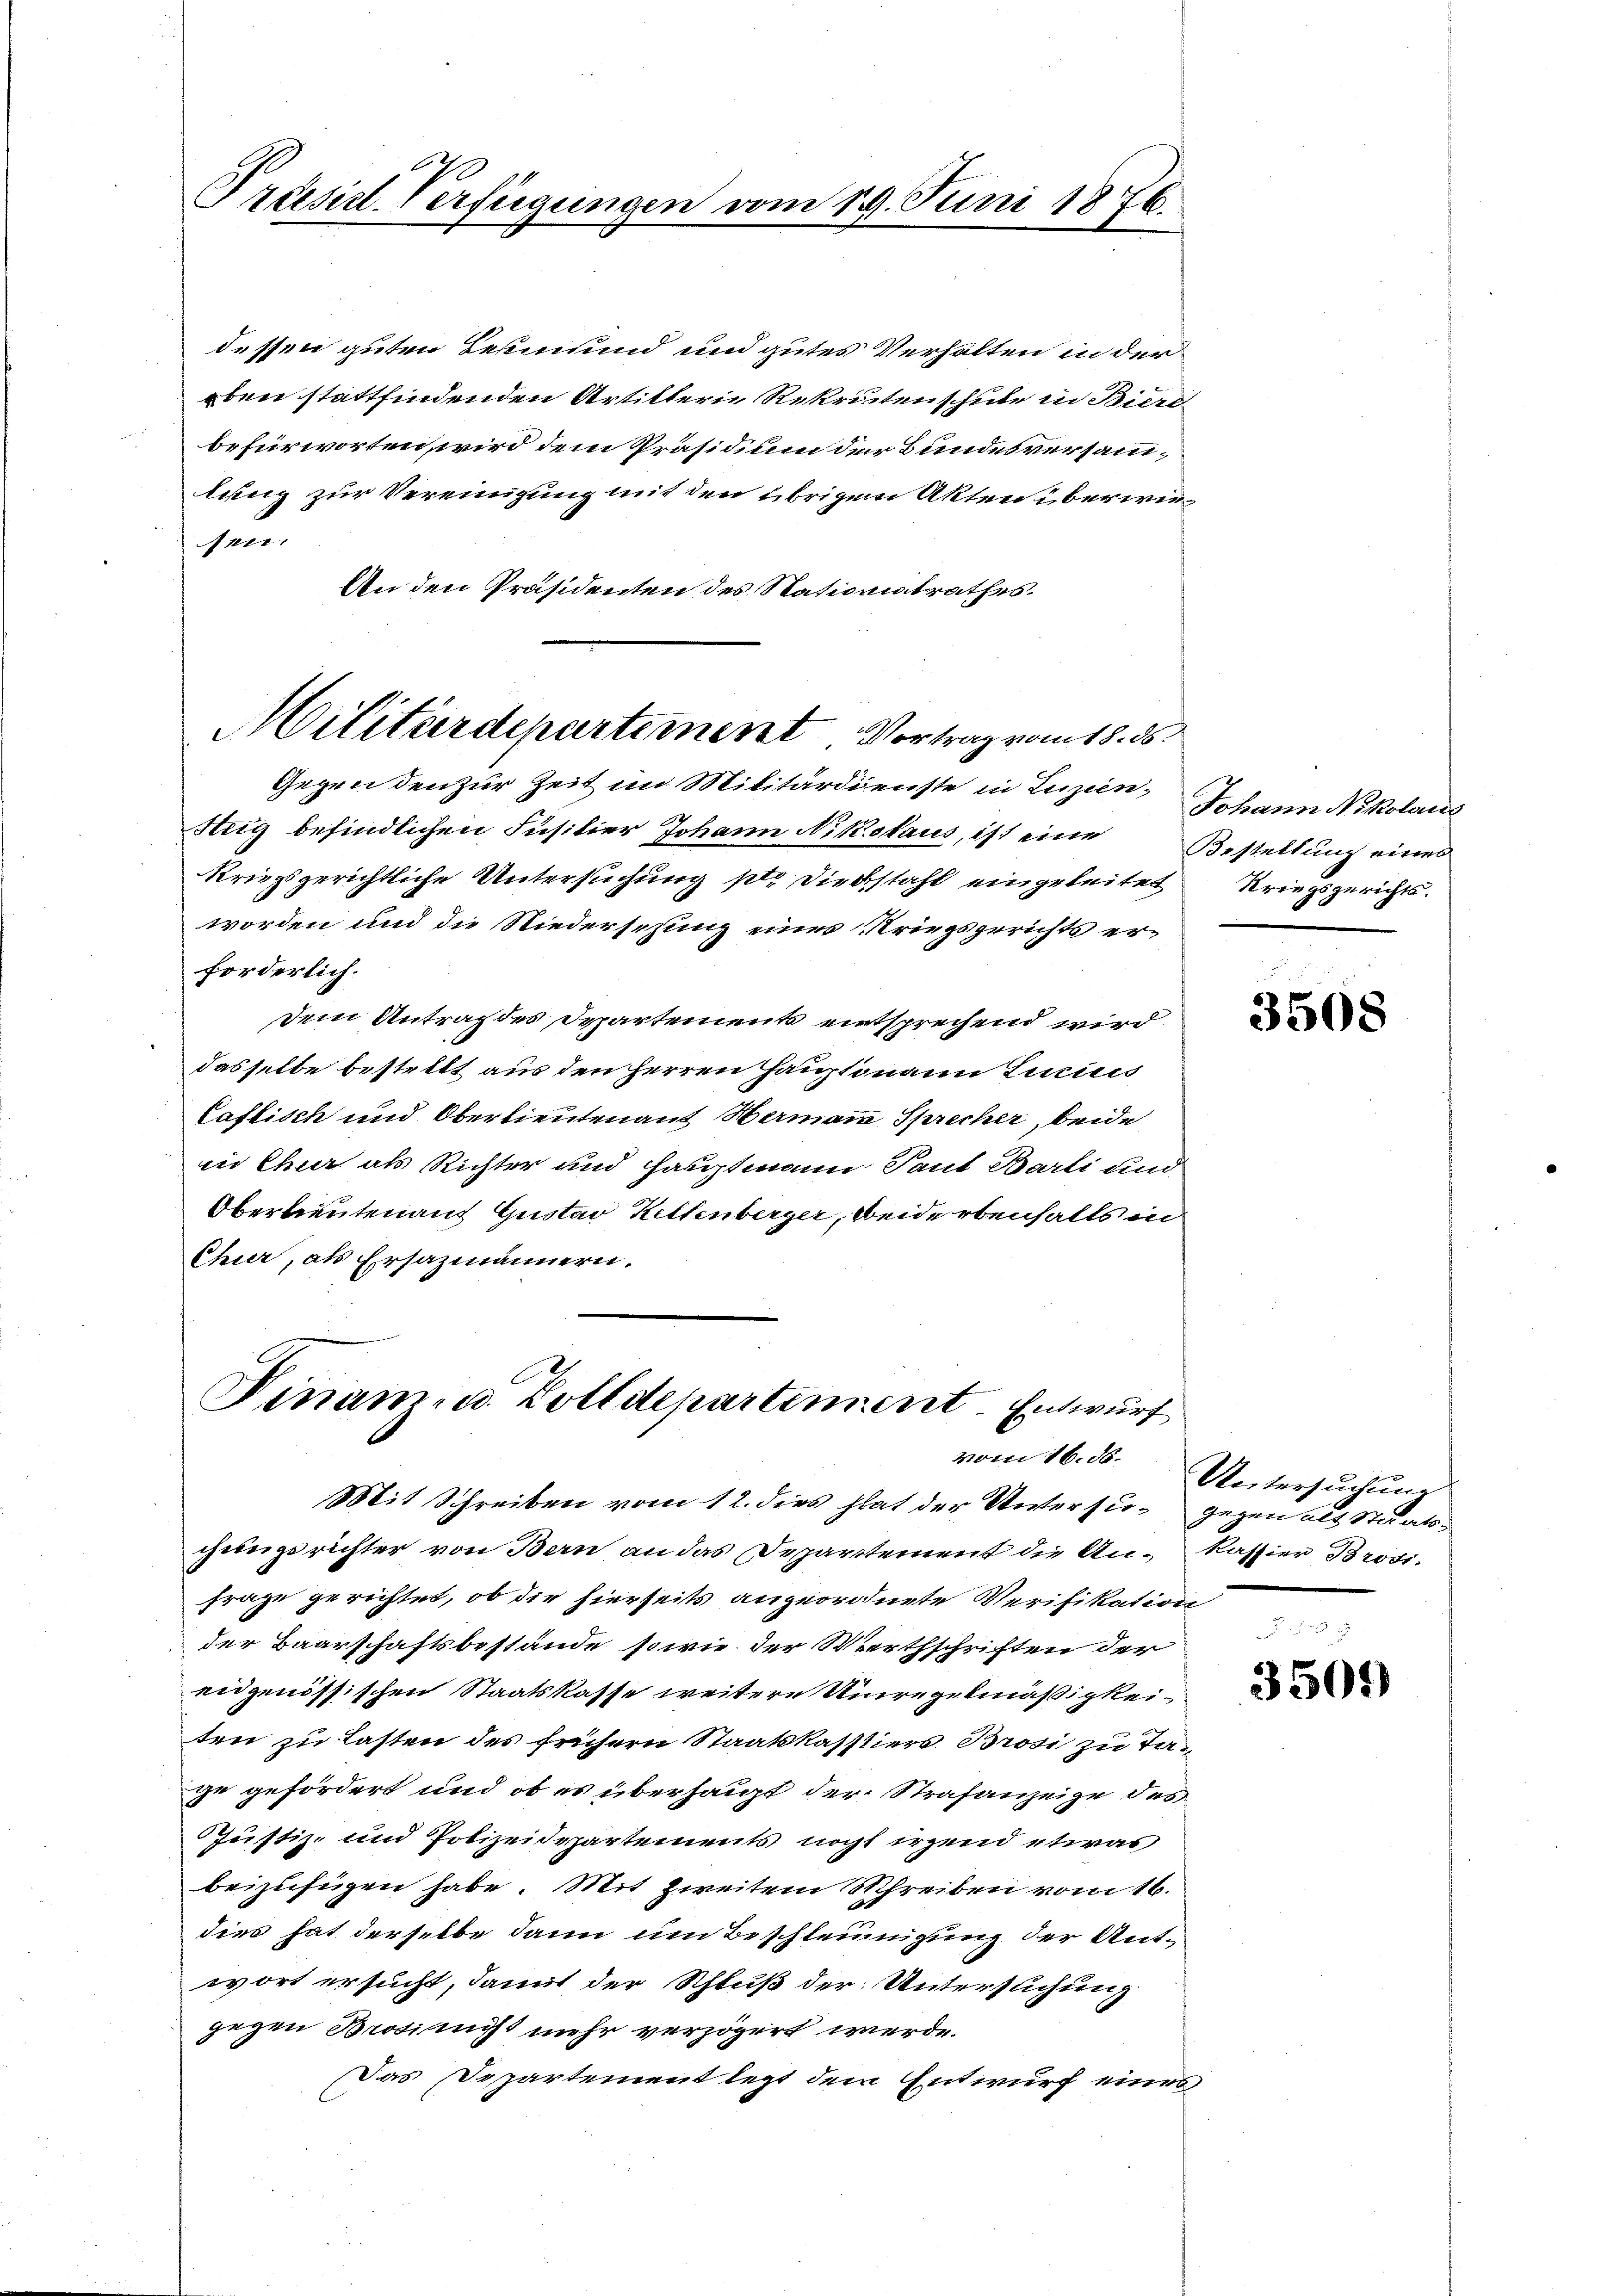
Präsid. Verfügungen vom 19. Juni 1876.

dessen guten Besinnund und gutes Verhalten in der
eben stattfindenden Artitterie Rekrutenschule in Biers
befürworten, wird dem Präsidium der Bundesversammlang zur Vereinigung mit den übrigen Akten überwie¬
Anni.
An den Präsidenten des Nationistrathes.

Militärdepartement Vortrag vom 18. ds

Gegen den zur Zeit im Militärdienste in Luzien, Johann Nikolaus
Steig befindlichen Füsilier Johann Nikolaus, ist eine Bestellung eines
kriegsgerichtliche Untersuchung pt. Diebstahl eingeleitet Kriegsgerichtsworden und die Niedersehung eines Kriegsgerichts er-
forderlich.
dem Antrag des Departements entsprechend wird
dasselbe bestellt aus den Herren Hauptmann Lunicis
Caflisch und Oberlieutenant Hermanna Sprecher, beide
in Chur als Richter und Hauptmann Tant Barli und
Oberlieutenauf Gustav Kellenberger, beiderbenfalls in
Chur, als Ersazmännern.

Dinam. u. Zolldepartiment. Entwurf
vom 16. ds.

Mit Schreiben vom 12. dies hat der Untersu- gegen als Staatsgungsrichter von Bern an das Departement die An- Kassier Brosi-
Frage gerichtet, ob die hierseits angeordnete Verifikation
der Baarschaftsbestände sowie der Werthschriften der
eidgenössischen Staatskasse weitere Unregelmäßigkeiten zu Lasten des frühern Staatskasstiers. Brosi zu Tage gefördert und ob es überhaupt der Strafanzeige des
Justiz- und Polizeidepartements nicht irgend etwas
beizufügen habe. Mit Zweitem Schreiben vom 16.
dies hat derselbe dann um Beschleinigung der Antwort ersucht, damit der Schluß der Untersuchung
gegen Brosinist mehr verzögert werde.
Das Departement legt dem Entwurf eines

3508

Untersuchung

3501)